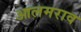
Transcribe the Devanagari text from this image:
आलमराव